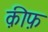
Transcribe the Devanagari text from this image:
क़ीफ़